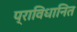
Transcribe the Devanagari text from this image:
प्राविधानित